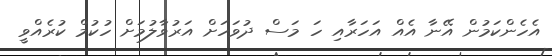
އެހެންކަމުން އޭނާ އެއް އަހަރާއި ހަ މަސް ދުވަހަށް އަރުވާލުމަށް ހުކުމް ކުރެއްވީ